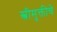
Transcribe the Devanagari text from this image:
स्त्रीमुक्तीचे